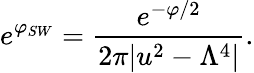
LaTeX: e^{\varphi_{SW}}={\frac{e^{-\varphi/2}}{2\pi|u^{2}-\Lambda^{4}|}}.